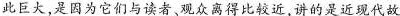
此巨大，是因为它们与读者观众离得比较近讲的是近现代故